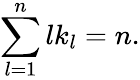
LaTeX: \sum_{l=1}^{n}lk_{l}=n.